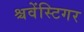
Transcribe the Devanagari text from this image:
श्चवेंस्टिगर